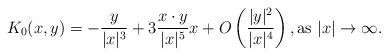
LaTeX: \begin{align*}K_0(x, y) = -{y\over |x|^3} + 3{x\cdot y\over |x|^5} x + O\left( {|y|^2\over |x|^4} \right), \textrm{as $|x|\to \infty$.}\end{align*}